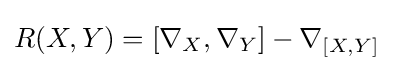
R(X,Y)=[\nabla _{X},\nabla _{Y}]-\nabla _{[X,Y]}